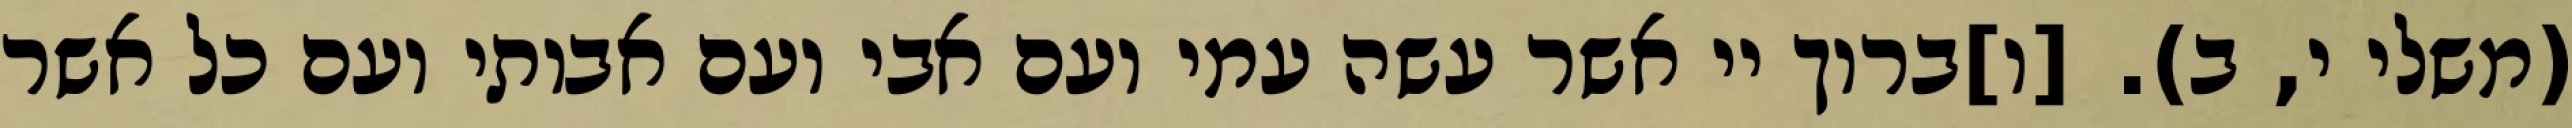
(משלי י, ב). [ו]ברוך יי אשר עשה עמי ועם אבי ועם אבותי ועם כל אשר